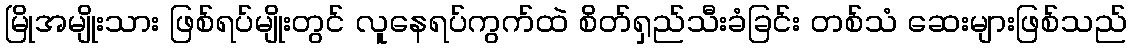
မြိုအမျိုးသား ဖြစ်ရပ်မျိုးတွင် လူနေရပ်ကွက်ထဲ စိတ်ရှည်သီးခံခြင်း တစ်သံ ဆေးများဖြစ်သည်